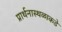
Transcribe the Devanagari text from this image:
प्रार्थनास्थळाकडे